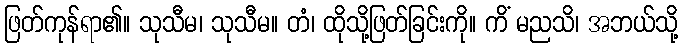
ဖြတ်ကုန်ရာ၏။ သုသီမ၊ သုသီမ။ တံ၊ ထိုသို့ဖြတ်ခြင်းကို။ ကိံ မညသိ၊ အဘယ်သို့